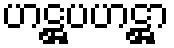
ဟဋ္ဌပဟဋ္ဌာ